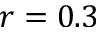
r = 0 . 3